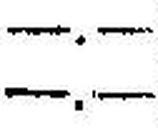
—.—